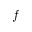
f